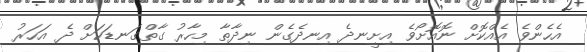
އެހެންވެ އެއްކޮށް ނޮއޮށޯވެ އިށީނދެ އިނދެގެން ނިދާތާ މިހާރު ގާތްގަނޑަކަށް ދެ އަހަރު